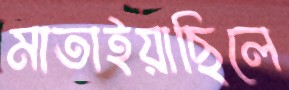
মাতাইয়াছিলে